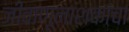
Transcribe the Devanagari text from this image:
जीवाणूनाशकांचा